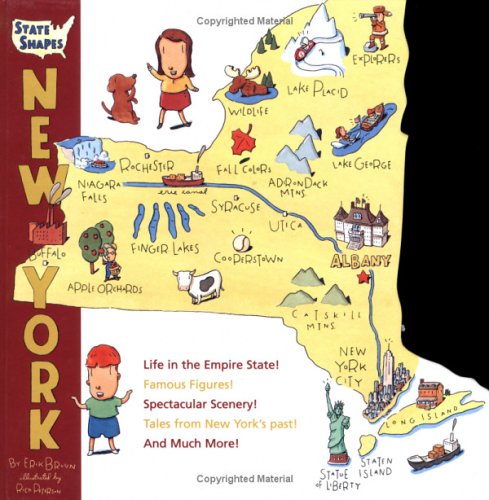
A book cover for State Shapes: New York; Erik Bruun; Teen & Young Adult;